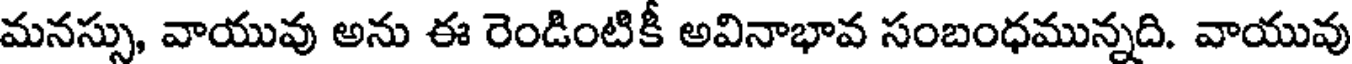
మనస్సు, వాయువు అను ఈ రెండింటికీ అవినాభావ సంబంధమున్నది. వాయువు